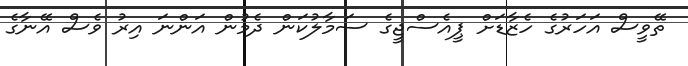
ތޭވީސް އަހަރުގެ ހެޒާޑަށް ޕީއެސްޖީގެ ސަމާލުކަން ދެމުން އަންނަ އިރު ވެސް އޭނާގެ